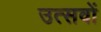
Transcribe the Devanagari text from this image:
उत्‍सवों